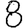
Digit: 8